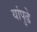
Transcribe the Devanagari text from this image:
यांपुढे